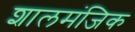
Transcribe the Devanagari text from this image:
शालमंजिक